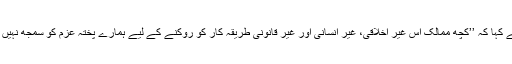
انہوں نے کہا کہ ’’کچھ ممالک اس غیر اخلاقی، غیر انسانی اور غیر قانونی طریقہ کار کو روکنے کے لیے ہمارے پختہ عزم کو سمجھ نہیں پا رہے۔